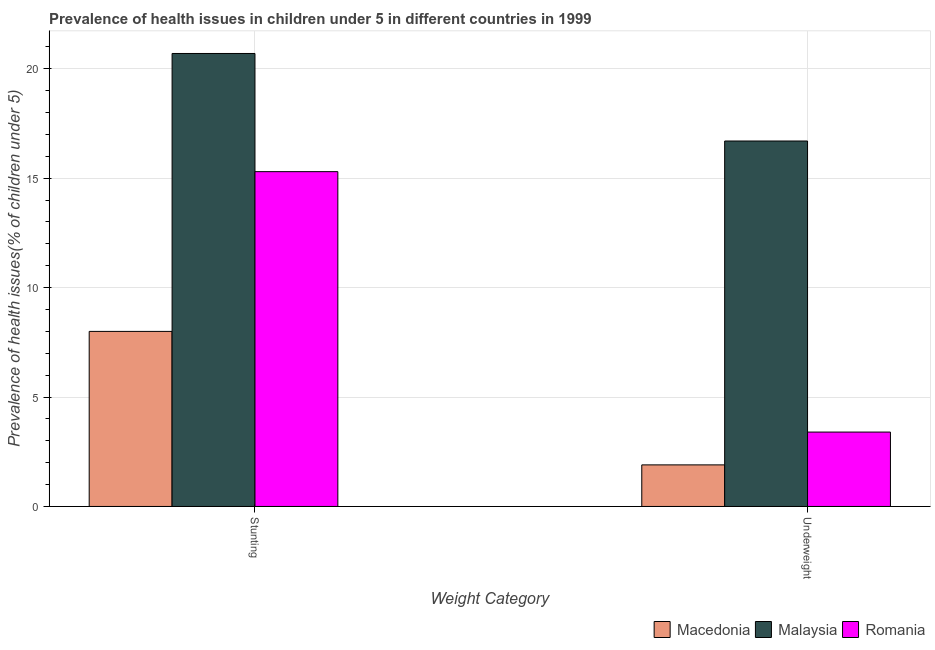
| Weight Category | Macedonia | Malaysia | Romania |
 | --- | --- | --- | --- |
 | Stunting | 8 | 20.7 | 15.3 |
 | Underweight | 1.9 | 16.7 | 3.4 |